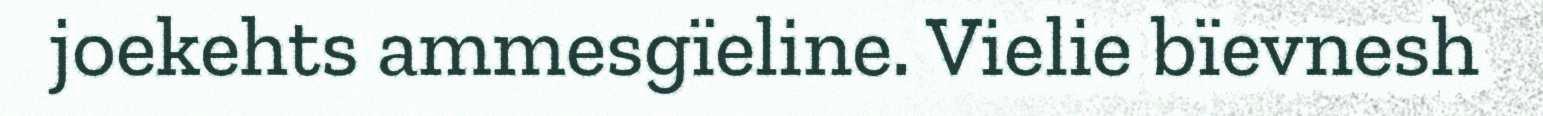
joekehts ammesgïeline. Vielie bïevnesh